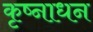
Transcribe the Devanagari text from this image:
कृष्नाधन